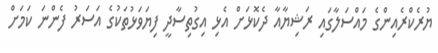
ޔުރެކްރެއިންގެ މައްސަލާގައި ރަޝިޔާއާ ދެކޮޅަށް އެޅި އިގުތިސާދީ ފިޔަވަޅުތަކުގެ އަސަރު ފެންނަ ކަމަށް